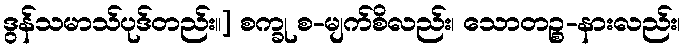
ဒွန်သမာသ်ပုဒ်တည်း။] စက္ခု စ-မျက်စိလည်း၊ သောတဉ္စ-နားလည်း၊